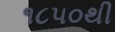
૧૮૫૦થી